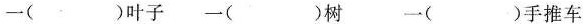
一( )叶子 一( )树 一( )手推车